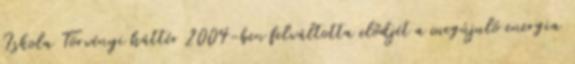
Iskola Törvényi háttér 2004-ben felváltotta elődjét a megújuló energia